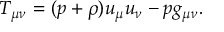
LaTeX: T _ { \mu \nu } = ( p + \rho ) u _ { \mu } u _ { \nu } - p g _ { \mu \nu } .